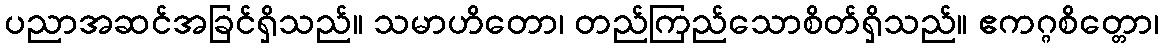
ပညာအဆင်အခြင်ရှိသည်။ သမာဟိတော၊ တည်ကြည်သောစိတ်ရှိသည်။ ဧကဂ္ဂစိတ္တော၊